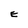
Character: E